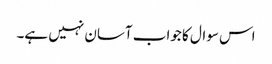
اس سوال کا جواب آسان نہیں ہے۔